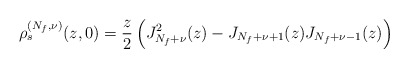
\begin{align*}\rho_s^{(N_f,\nu)}(z,0)=\frac{z}{2}\left(J_{N_f+\nu}^2(z) -J_{N_f+\nu+1}(z)J_{N_f+\nu-1}(z)\right)\end{align*}